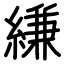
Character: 縑